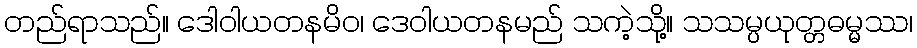
တည်ရာသည်။ ဒေါဝါယတနမိဝ၊ ဒေဝါယတနမည် သကဲ့သို့။ သသမ္ပယုတ္တဓမ္မဿ၊